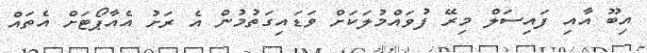
އިބޫ އާއި ފައިސަލް މިރޭ ފުވައްމުލަކަށް ވަޑައިގަތުމުން އެ ރަށު އެއާޕޯޓަށް އެތައް